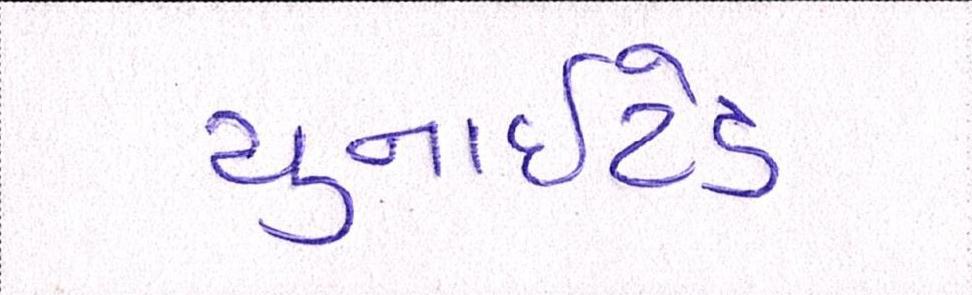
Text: યુનાઈટેડ